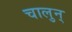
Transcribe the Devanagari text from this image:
चालुन्